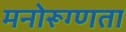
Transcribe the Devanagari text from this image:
मनोरूग्णता